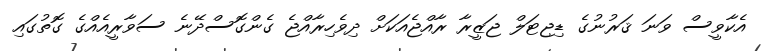
އެކާވީސް ވަނަ ޤަރުނުގެ ޑިޖިޓަލް ޖަޒީރާ ރާއްޖެއަކަށް ދިވެހިރާއްޖެ ގެންގޮސްދޭނެ ސަވާރީއެއްގެ ގޮތުގައި